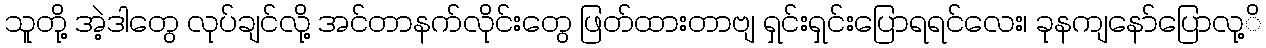
သူတို့ အဲ့ဒါတွေ လုပ်ချင်လို့ အင်တာနက်လိုင်းတွေ ဖြတ်ထားတာဗျ ရှင်းရှင်းပြောရရင်လေး၊ ခုနကျနော်ပြောလု့ိ